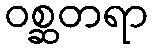
ဝစ္ဆတရာ